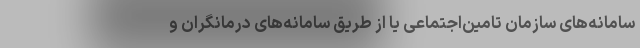
سامانه‌های سازمان تامین‌اجتماعی یا از طریق سامانه‌های درمانگران و